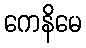
ကေနိမေ